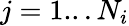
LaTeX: j=1...N_{i}